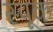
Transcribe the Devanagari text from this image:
स्पूक